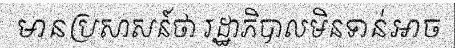
មានប្រសាសន៍ថា រដ្ឋាភិបាលមិនទាន់អាច